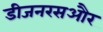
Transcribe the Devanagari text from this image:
डीजनरसऔर